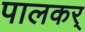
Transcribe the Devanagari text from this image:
पालकर्